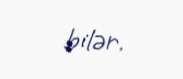
bilər.